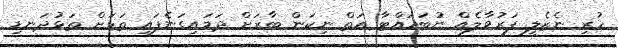
ހުރި ނެޒެލީ ފަރުވާލެއް ނުބަހައްޓާ އަތް ނިކަން ބާރަށް ދަމައިގަނެފައި ތަޅަށް ތަޅުދަނޑި